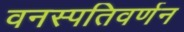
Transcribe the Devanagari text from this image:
वनस्पतिवर्णन